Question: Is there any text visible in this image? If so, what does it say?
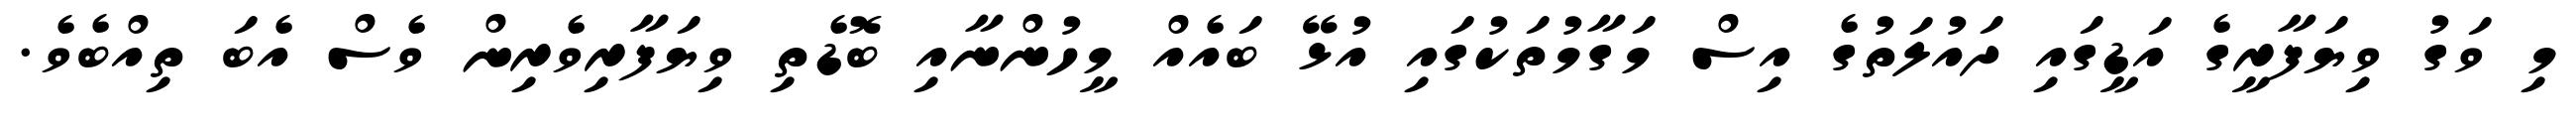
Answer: މި ވަގު ވިޔަފާރީގެ އަޑީގައި ދައުލަތުގެ އިސް މަގާމުތަކުގައި އުޅޭ ބައެއް މީހުންނާއި ބޮޑެތި ވިޔަފާރިވެރިން ވެސް އެބަ ތިއްބެވެ.